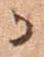
か